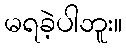
မရခဲ့ပါဘူး။